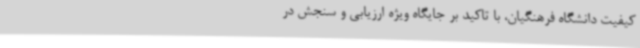
کیفیت دانشگاه فرهنگیان، با تاکید بر جایگاه ویژه ارزیابی و سنجش در